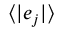
\langle | e _ { j } | \rangle